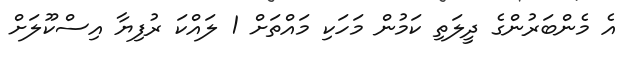
އެ މެންބަރުންގެ ދީލަތި ކަމުން މަހަކި މައްތަށް 1 ލައްކަ ރުފިޔާ އިސްކޫލަށް